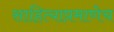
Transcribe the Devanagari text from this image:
साहित्याप्रमाणेच